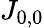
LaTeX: J_{0,0}